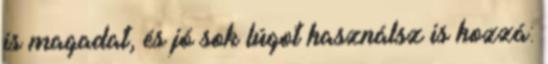
is magadat, és jó sok lúgot használsz is hozzá: